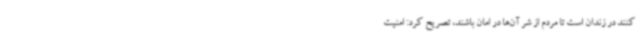
کنند در زندان است تا مردم از شر آن‌ها در امان باشند، تصریح کرد: امنیت